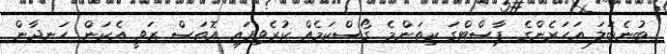
ބުނެބަލަ އަހަރެންގެ ޕާސްޓްގަ ކިތަންމެ ގޯސްކަމެއް ކުރެވިފައި އޮތަސް ޒަވީ އެކަން ހަނދާން